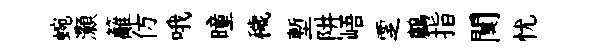
蜿灝籬仿哦曈穢塹阱峿覂鸕指闃忧